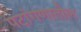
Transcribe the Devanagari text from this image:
पटांगणातील